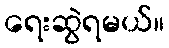
ရေးဆွဲရမယ်။